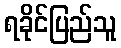
ရခိုင်ပြည်သူ